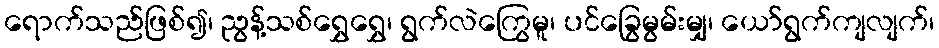
ရောက်သည်ဖြစ်၍၊ ညွန့်သစ်ရွှေရွှေ၊ ရွက်လဲကြွေမူ၊ ပင်ခြွေမွမ်းမျှ၊ ယော်ရွက်ကျလျက်၊